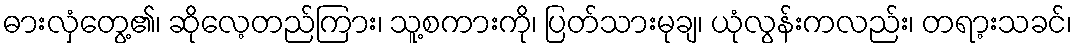
ဓားလှံတွေ့၏၊ ဆိုလေ့တည်ကြား၊ သူ့စကားကို၊ ပြတ်သားမုချ၊ ယုံလွန်းကလည်း၊ တရာ့းသခင်၊